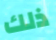
ذلك